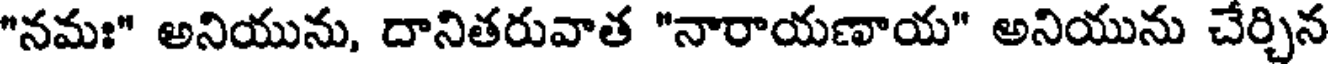
"నమః" అనియును, దానితరువాత "నారాయణాయ" అనియును చేర్చిన